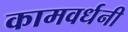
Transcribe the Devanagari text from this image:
कामवर्धनी